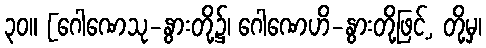
၃၀။ [ဂေါဏေသု-နွားတို့၌၊ ဂေါဏေဟိ-နွားတို့ဖြင့်, တို့မှ၊